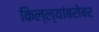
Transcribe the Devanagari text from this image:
किल्ल्यांबरोबर